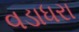
વડાધરા